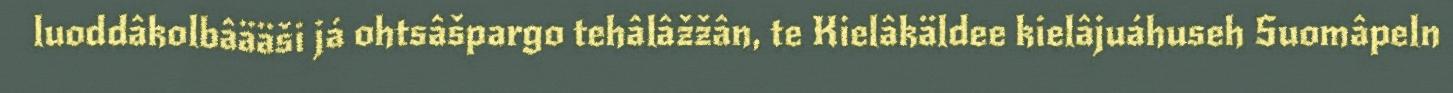
luoddâkolbâääši já ohtsâšpargo tehâlâžžân, te Kielâkäldee kielâjuáhuseh Suomâpeln